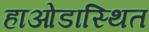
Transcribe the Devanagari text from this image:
हाओडास्थित